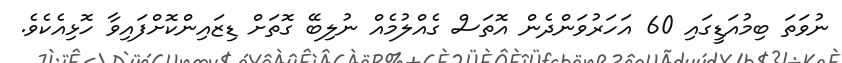
ނުވަތަ ބިމުއަޑީގައި 60 އަހަރުވަންދެން އޮތަސް ގެއްލުމެއް ނުލިބޭ ގޮތަށް ޑިޒައިންކޮށްފައިވާ ހޮޅިއެކެވެ.